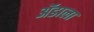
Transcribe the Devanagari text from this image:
ॲडाला